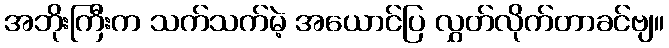
အဘိုးကြီးက သက်သက်မဲ့ အယောင်ပြ လွှတ်လိုက်တာခင်ဗျ။